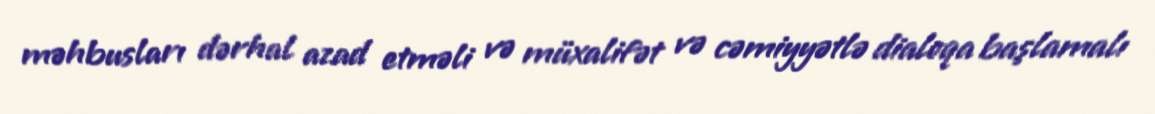
məhbusları dərhal azad etməli və müxalifət və cəmiyyətlə dialoqa başlamalı